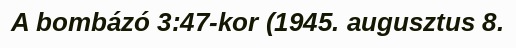
A bombázó 3:47-kor (1945. augusztus 8.